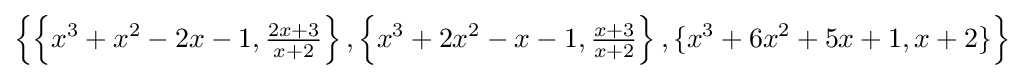
\left\{\left\{x^{3}+x^{2}-2x-1,{\tfrac {2x+3}{x+2}}\right\},\left\{x^{3}+2x^{2}-x-1,{\tfrac {x+3}{x+2}}\right\},\{x^{3}+6x^{2}+5x+1,x+2\}\right\}